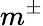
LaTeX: m^{\pm}